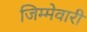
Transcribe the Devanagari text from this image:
जिम्‍मेवारी